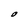
Character: O